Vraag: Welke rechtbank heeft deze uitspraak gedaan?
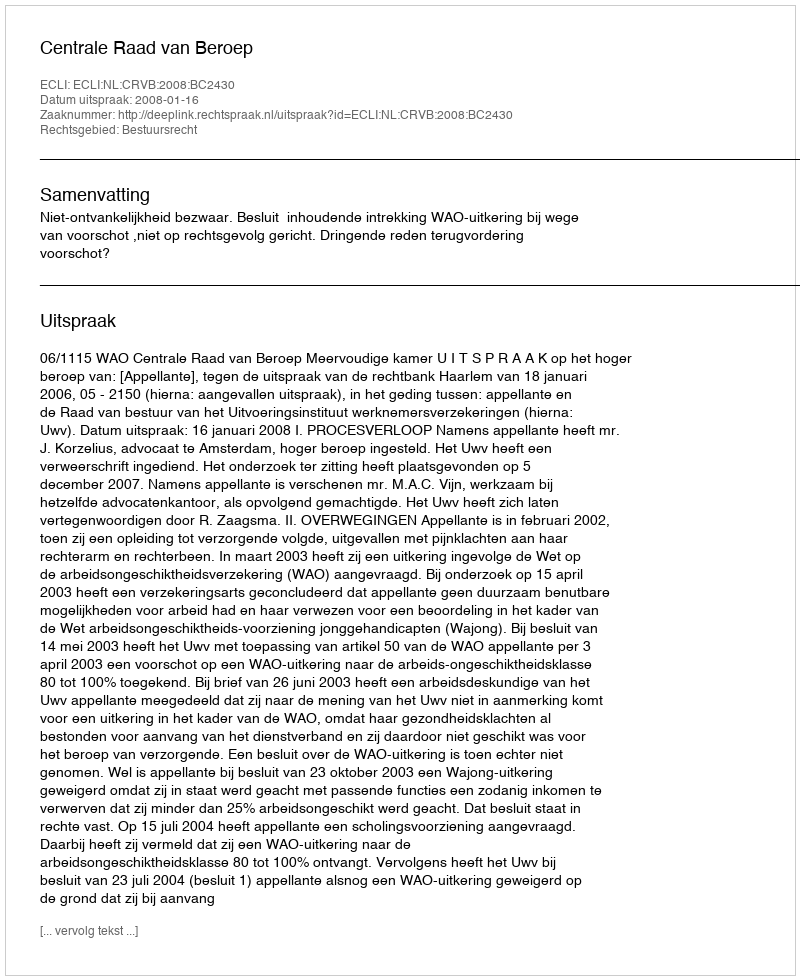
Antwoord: Centrale Raad van Beroep